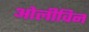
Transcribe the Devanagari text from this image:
ओलीविन